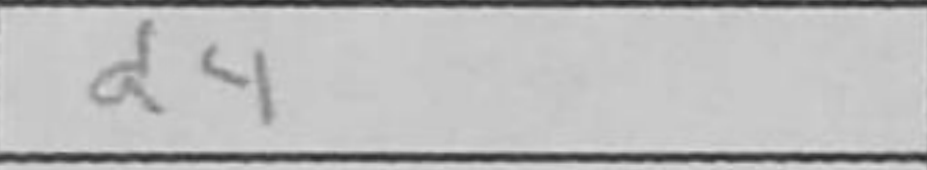
Transcription: d4